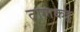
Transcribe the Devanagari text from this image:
तालकडु